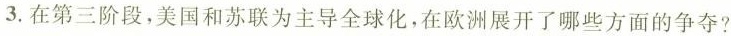
3.在第三阶段，美国和苏联为主导全球化，在欧洲展开了哪些方面的争夺?